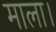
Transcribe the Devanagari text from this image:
माला।